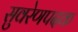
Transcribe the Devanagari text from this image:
सुवरेणपदक